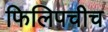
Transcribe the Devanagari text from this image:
फिलिपचीच